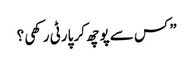
” کس سے پوچھ کر پارٹی رکھی ؟